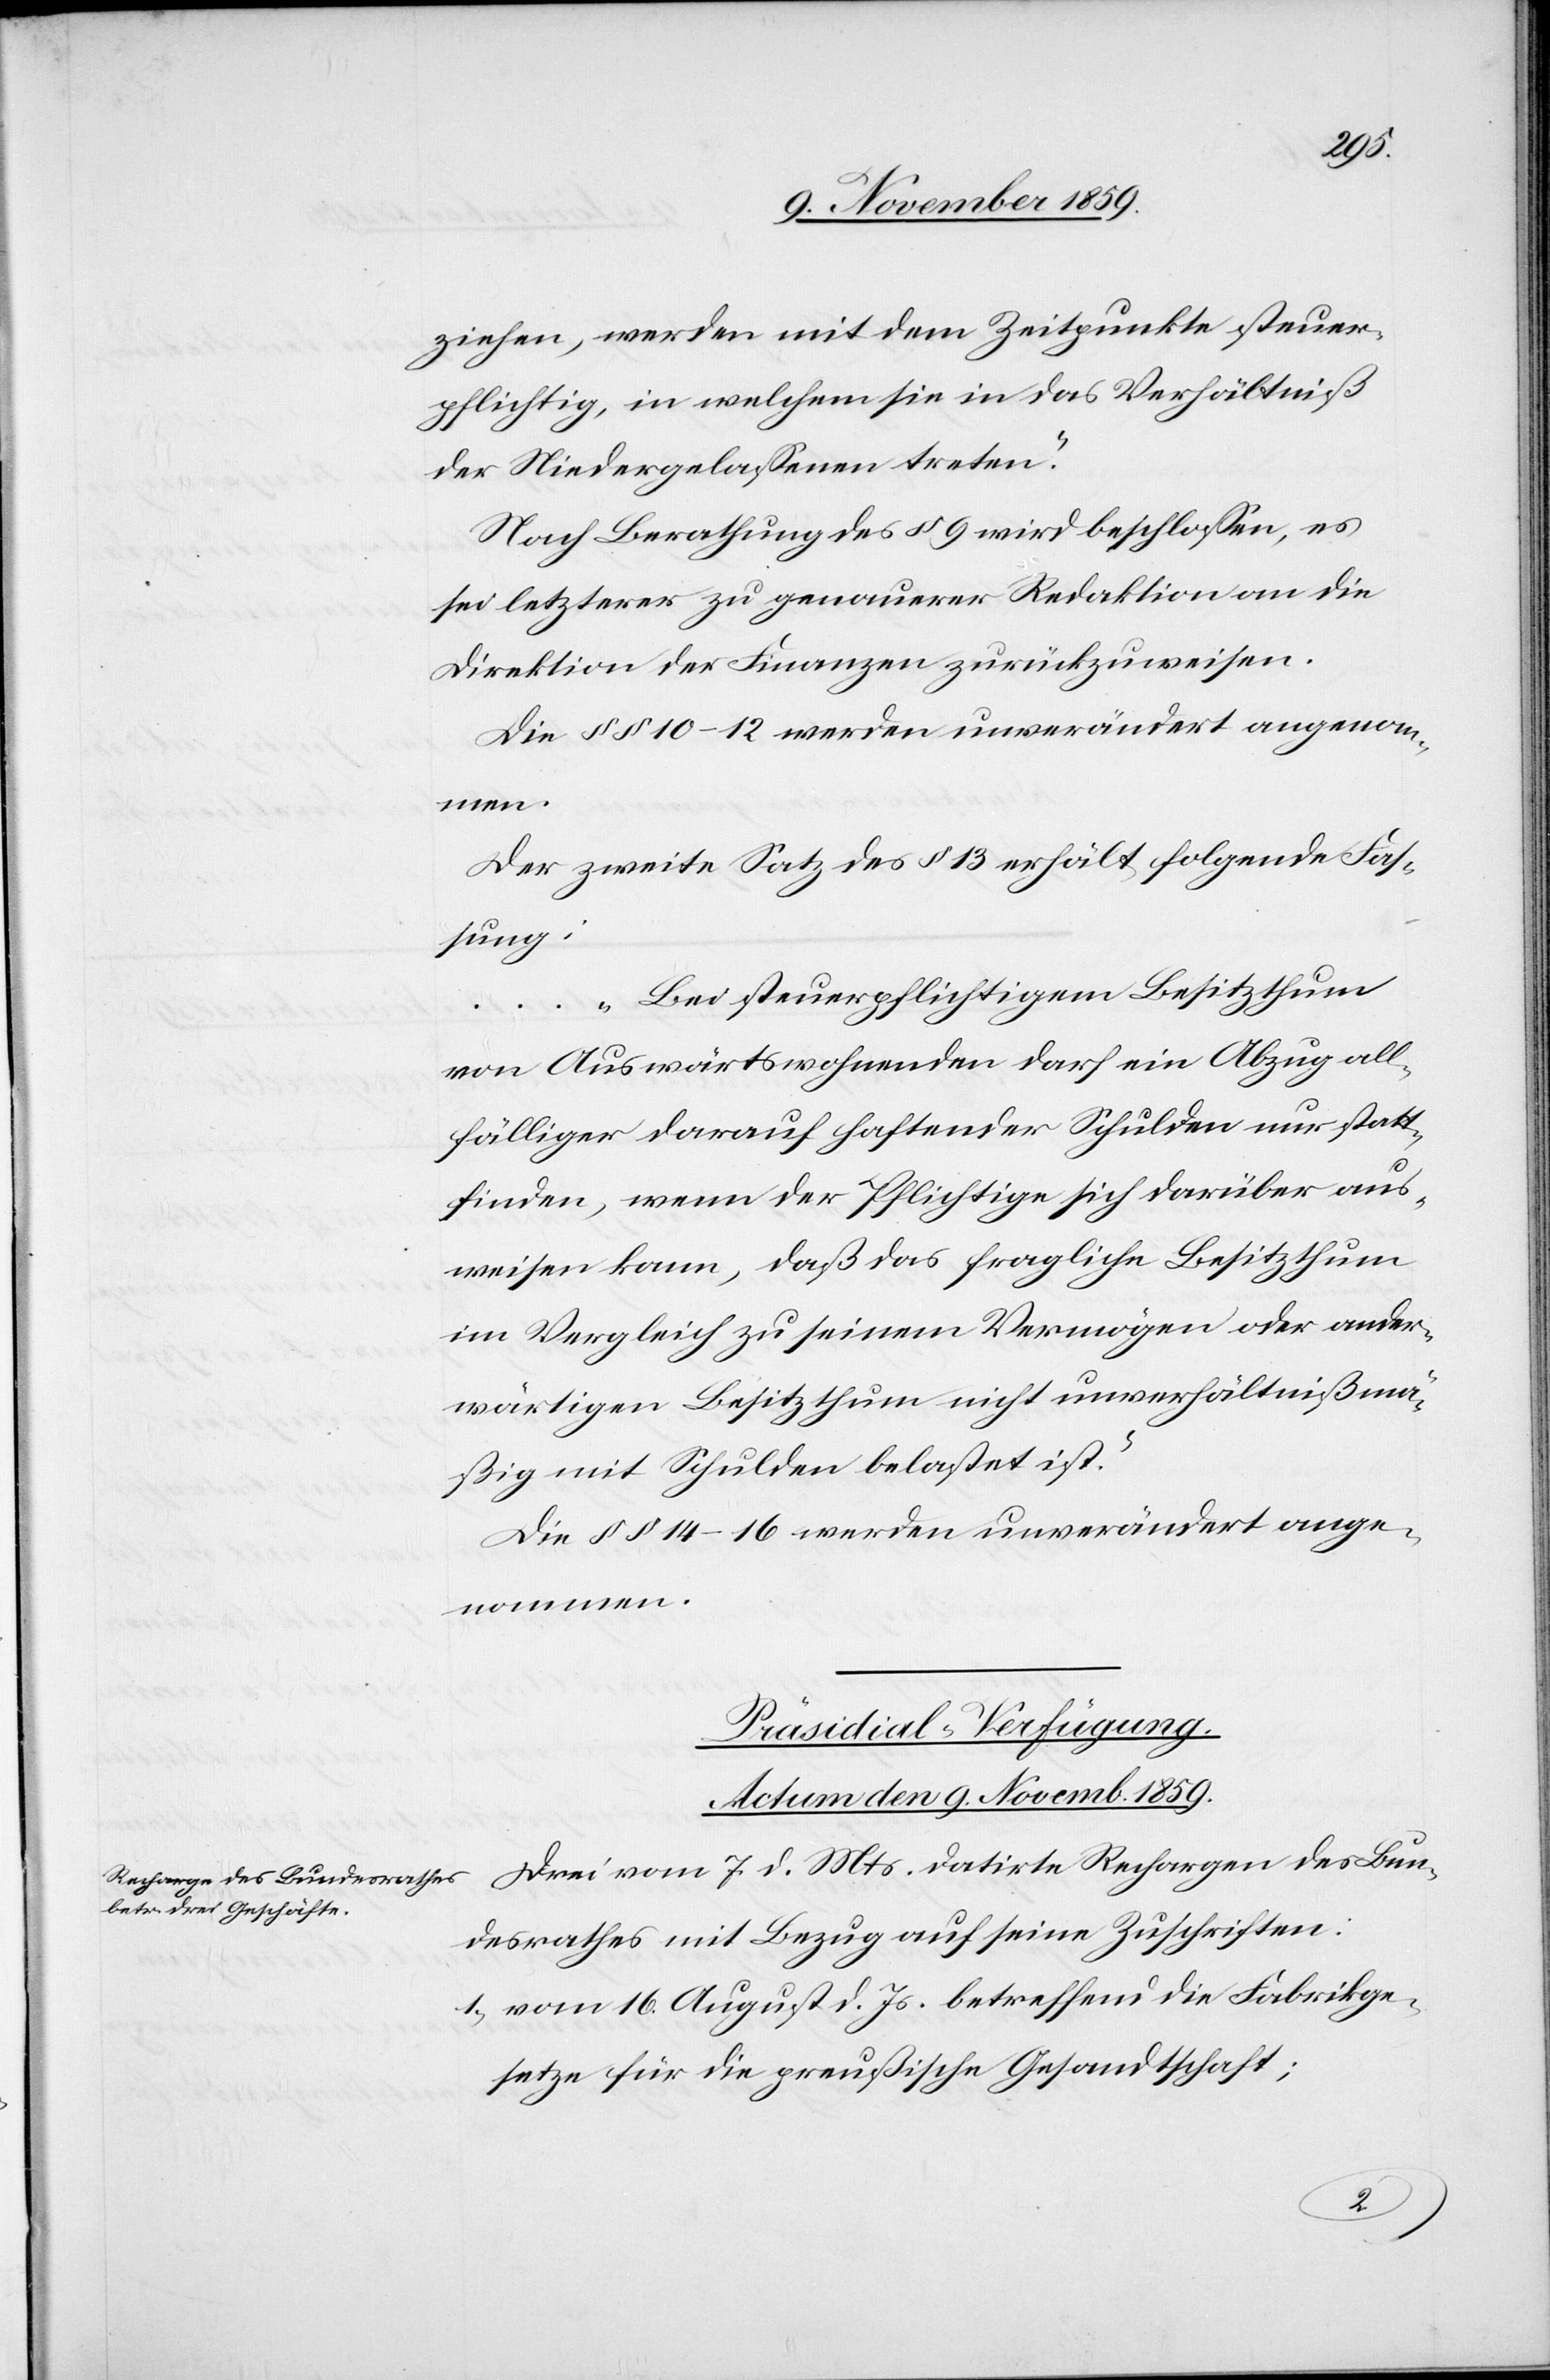
ziehen, werden mit dem Zeitpunkt steuer¬
pflichtig, in welchem sie in das Verhältniß
der Niedergelassenen treten.“
Nach Berathung des § 9 wird beschlossen, es
sei letzterer zu genauerer Redaktion an die
Direktion der Finanzen zurückzuweisen.
Die §§ 10–12 werden unverändert angenom¬
men.
Der zweite Satz des § 13 erhält folgende Fas¬
sung:
...“Bei steuerpflichtigem Besitzthum
von Auswärtswohnenden darf ein Abzug all¬
fälliger darauf haftender Schulden nur statt¬
finden, wenn der Pflichtige sich darüber aus¬
weisen kann, daß das fragliche Besitzthum
im Vergleich zu seinem Vermögen oder ander¬
wärtigen Besitzthum nicht unverhältnißmä¬
ßig mit Schulden belastet ist.“
Die §§ 14–16 werden unverändert ange¬
nommen.
Präsidial-Verfügung.
Actum den 9. Novemb. 1859.
Drei vom 7. d. Mts. datirte Rechnungen des Bun¬
desrathes mit Bezug auf seine Zuschriften:
1) vom 16. August d. Js. betreffend die Fabrikge¬
setze für die preußische Gesandtschaft;